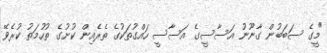
"މީގެ ސަބަބުން ގާނޫނު އަސާސީގެ އަސާސީ ހައްގުތަކުގެ ތެރެއިން ކުށުގެ ތުހުމަތު ކުރެވޭ